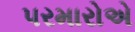
પરમારોએ